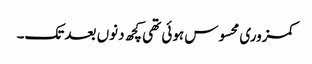
کمزوری محسوس ہوئی تھی کچھ دنوں بعد تک۔